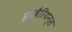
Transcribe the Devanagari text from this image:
इन्वैरियन्स